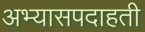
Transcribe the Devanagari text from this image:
अभ्यासपदाहती